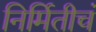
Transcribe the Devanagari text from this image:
निर्मितीचं